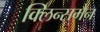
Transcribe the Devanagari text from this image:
क्लिन्समैन